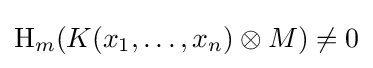
\operatorname {H} _{m}(K(x_{1},\dots ,x_{n})\otimes M)\neq 0